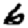
Digit: 6